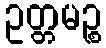
ဥတ္တမဉ္စ